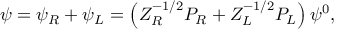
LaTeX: \psi = \psi _ { R } + \psi _ { L } = \left( Z _ { R } ^ { - 1 / 2 } P _ { R } + Z _ { L } ^ { - 1 / 2 } P _ { L } \right) \psi ^ { 0 } ,